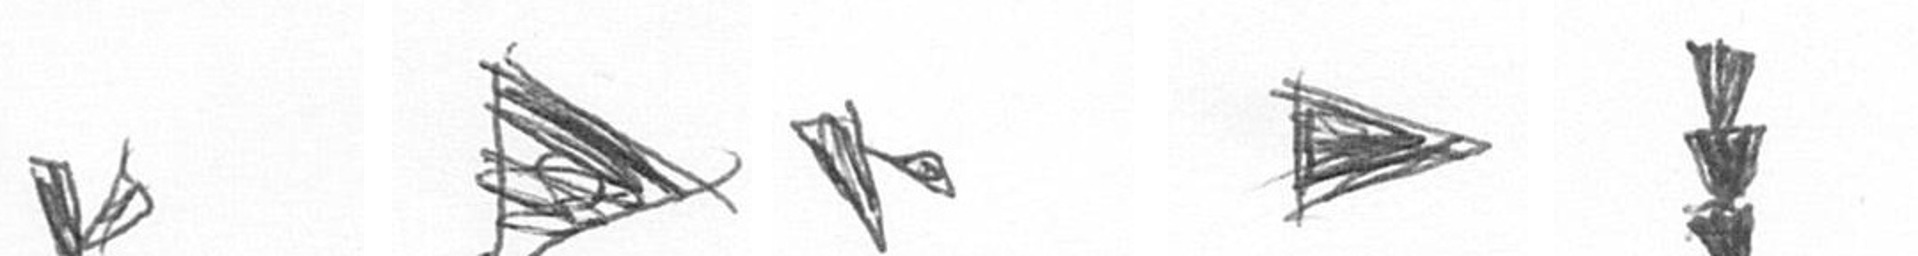
F T F T E